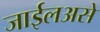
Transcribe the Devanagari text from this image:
जाईलअसे